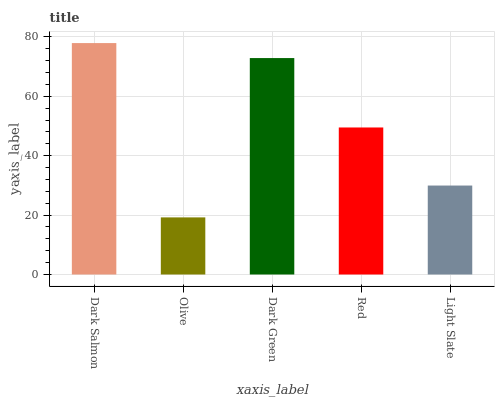
| xaxis_label | bars |
 | --- | --- |
 | Dark Salmon | 77.9 |
 | Olive | 19.2 |
 | Dark Green | 72.9 |
 | Red | 49.5 |
 | Light Slate | 29.9 |